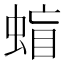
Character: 䗈